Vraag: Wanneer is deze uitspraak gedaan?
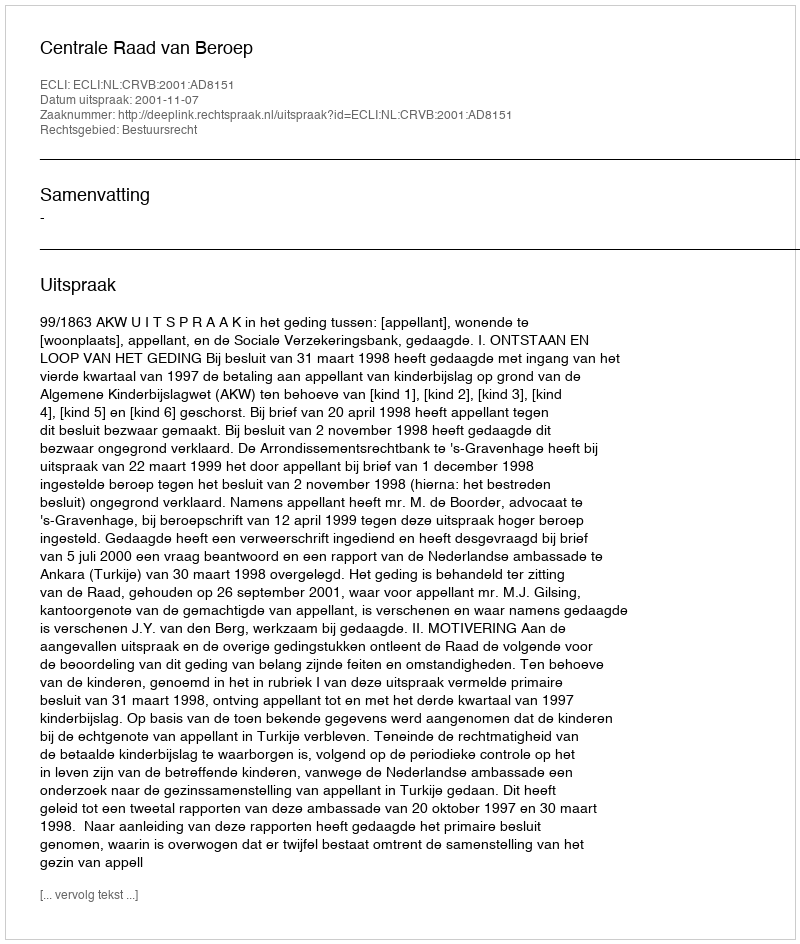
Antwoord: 2001-11-07